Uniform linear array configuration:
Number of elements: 4
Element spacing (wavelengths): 1
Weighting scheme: uniform
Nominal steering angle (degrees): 45
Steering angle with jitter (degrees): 46.132
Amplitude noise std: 0.05
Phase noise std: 0.05

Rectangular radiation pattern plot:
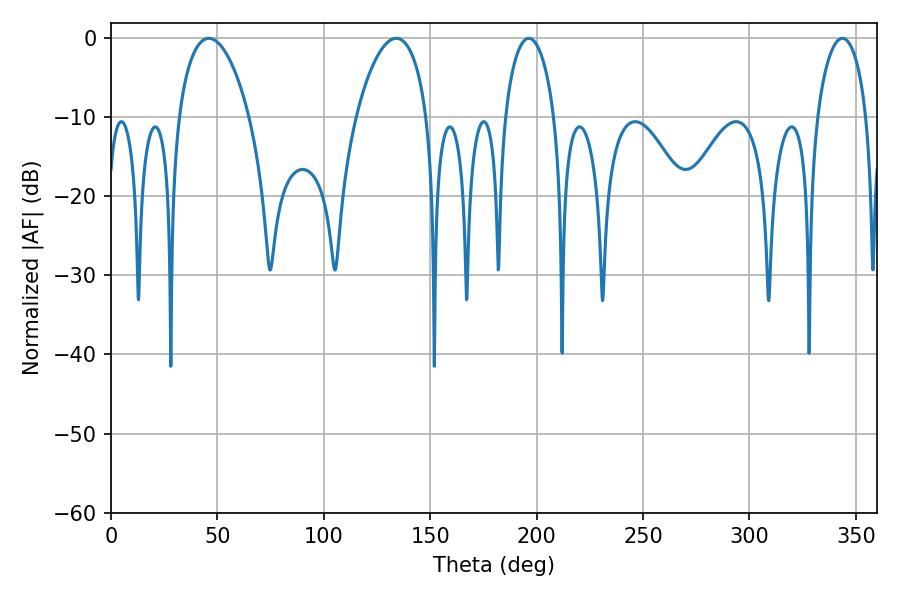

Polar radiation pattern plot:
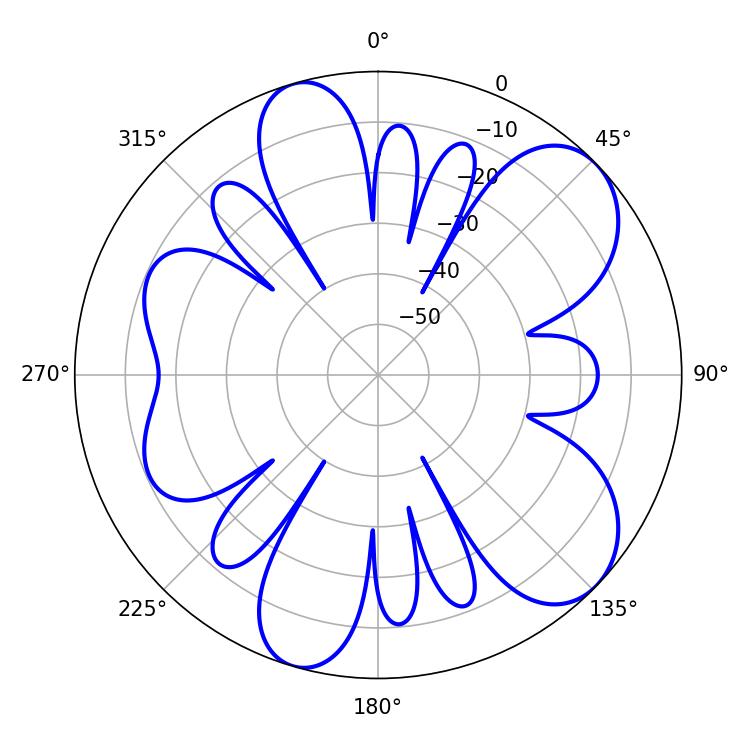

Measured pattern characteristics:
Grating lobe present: TRUE
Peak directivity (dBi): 8.211
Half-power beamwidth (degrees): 18.72
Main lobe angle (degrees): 45.9